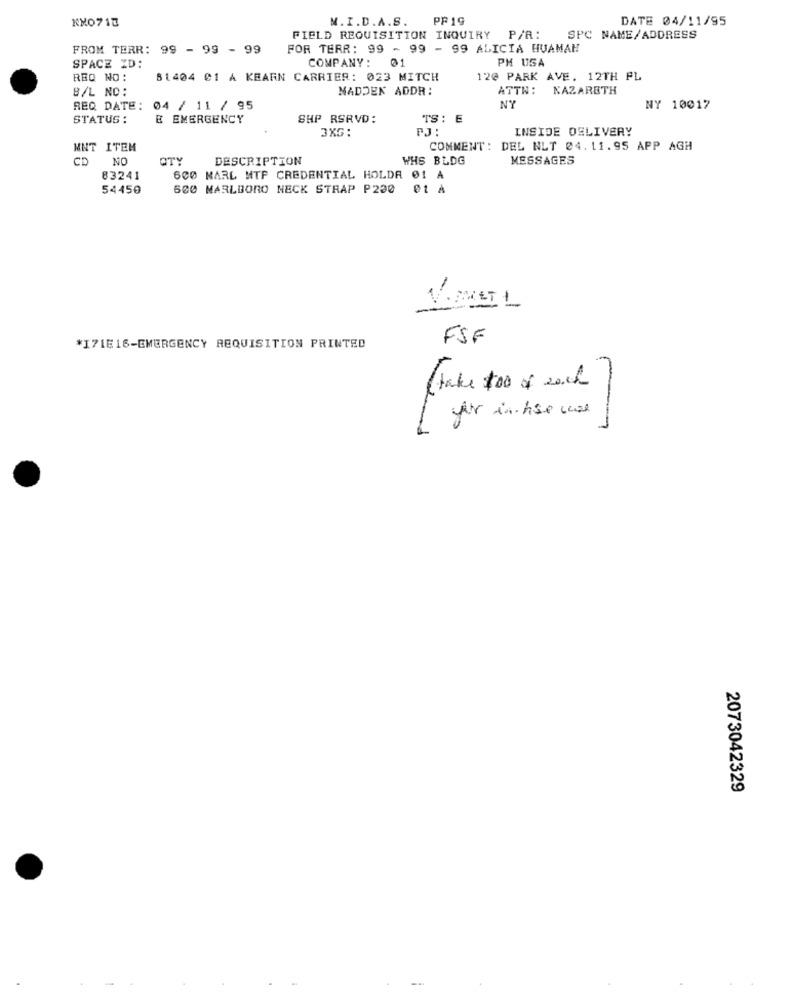
KMO717
M. I.D.A.S.
PF19
DATE 04/11/95
FIELD REQUISITION INQUIRY P/A:
SPC NAME/ADDRESS
FROM TERR: 99 - 99 - 99
FOR TERR: 99 - 99 - 99 ALICIA HUAMAN
COMPANY :
01
PH USA
SPACZ ID:
REQ NO :
81404 01 A KEARN CARRIER: 023 MITCH
12@ PARK AVE. 12TH FL
B/L NO:
MADDEN ADDR:
ATTN: NAZARETH
REQ DATE:
04 / 11 / 95
NY
NY 10017
STATUS :
& EMERGENCY
SHP RSRVD:
TS: E
3KG :
PJ :
INSIDE DELIVERY
MNT ITEM
COMMENT: DEL NLT 24. 11.95 APP AGH
CD
NO
OTY
DESCRIPTION
WHS BLDG
MESSAGES
83241
600 MARL NTF CREDENTIAL HOLDA 01 A
54450
600 MARLBORO NECK STRAP P230
FSF
*171E16-EMERGENCY REQUISITION PRINTED
L
( take too of 2och
-
2073042329